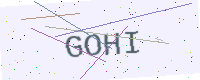
Text: GOHI